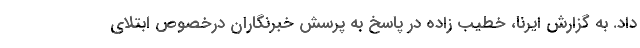
داد. به گزارش ایرنا، خطیب زاده در پاسخ به پرسش خبرنگاران درخصوص ابتلای